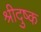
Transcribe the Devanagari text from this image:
श्रीदुष्क